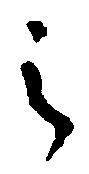
之